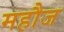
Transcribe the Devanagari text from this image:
महौज